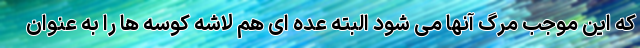
که این موجب مرگ آنها می شود البته عده ای هم لاشه کوسه ها را به عنوان